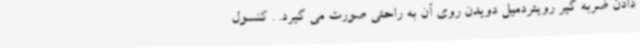
دادن ضربه گیر رویتردمیل دویدن روی آن به راحتی صورت می گیرد. . کنسول